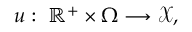
u : \; \mathbb { R } ^ { + } \times \Omega \longrightarrow \mathcal { X } ,